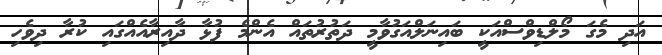
އަދި މެގަ މޯލްޑިވްސްއަކީ ބައިނަލްއަގުވާމީ ދަތުރުތައް އެންމެ ފުޅާ ދާއިރާއެއްގައި ކުރާ ދިވެހި